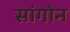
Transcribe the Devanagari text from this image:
सांगोन